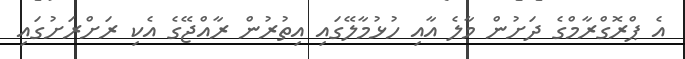
އެ ޕްރޮގްރާމްގެ ދަށުން މާލެ އާއި ހުޅުމާލޭގައި އިތުރުން ރާއްޖޭގެ އެކި ރަށްރަށުގައި